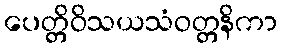
ပေတ္တိဝိသယသံဝတ္တနိကာ